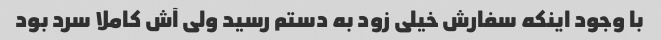
با وجود اینکه سفارش خیلی زود به دستم رسید ولی آش کاملا سرد بود